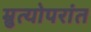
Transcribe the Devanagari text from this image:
म्रुत्योपरांत